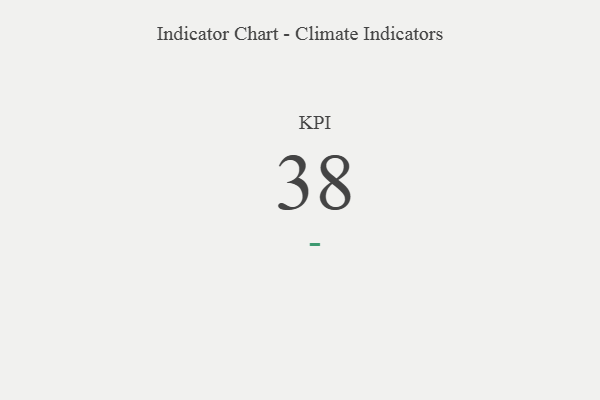
{"axis": {"x": "KPI", "y": "Value"}, "legend": [""], "data": [{"x": "KPI", "y": 38, "type": ""}]}